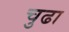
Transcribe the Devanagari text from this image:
चुढा